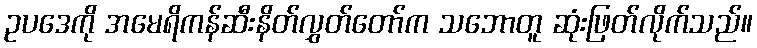
ဥပဒေကို အမေရိကန်ဆီးနိတ်လွှတ်တော်က သဘောတူ ဆုံးဖြတ်လိုက်သည်။